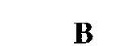
B